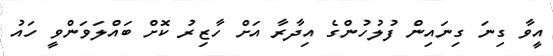
އީވާ ގިނަ ގިނައިން ފުލުހުންގެ އިދާރާ އަށް ހާޒިރު ކޮށް ބައްލަވަންވީ ހައު